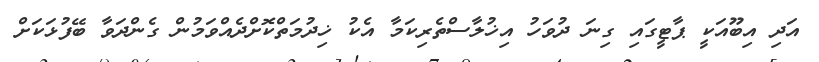
އަދި އިބޫއަކީ ޕާޓީގައި ގިނަ ދުވަހު އިޚުލާސްތެރިކަމާ އެކު ޚިދުމަތްކޮށްދެއްވަމުން ގެންދަވާ ބޭފުޅަކަށް